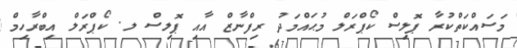
މަސައްކަތްކުރާ ޕޮލިސް ކޯޕްރަލް މުޙައްމަދު ރިފްނާޒް އާއި ޕޮލިސް ލ. ކޯޕްރަލް އިބްރާހިމް